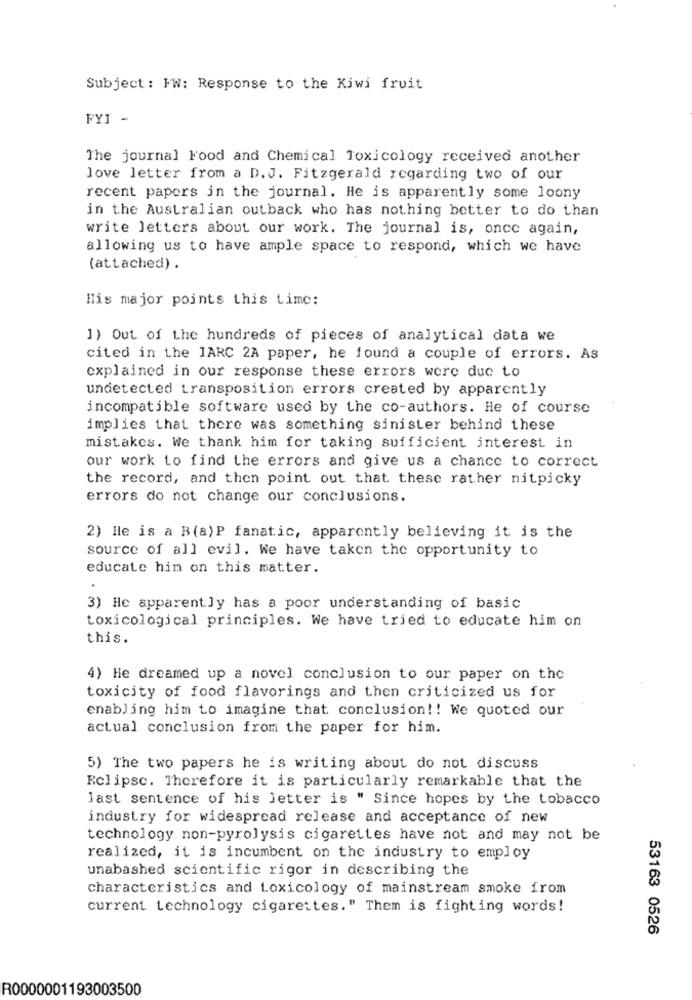
Subject: FW: Response to the Kiwi fruit
FYI -
The journal Food and Chemical Toxicology received another
love letter from a D.J. Fitzgerald regarding two of our
recent papers in the journal. He is apparently some loony
in the Australian outback who has nothing better to do than
write letters about our work. The journal is, once again,
allowing us to have ample space to respond, which we have
(attached) .
His major points this time:
1) Out of the hundreds of pieces of analytical data we
cited in the IARC 2A paper, he found a couple of errors. As
explained in our response these errors were due to
undetected transposition errors created by apparently
incompatible software used by the co-authors. He of course
implies that there was something sinister behind these
mistakes. We thank him for taking sufficient interest in
our work to find the errors and give us a chance to correct
the record, and then point out that these rather nitpicky
errors do not change our conclusions.
2) He is a B(a)P fanatic, apparently believing it is the
source of all evil. We have taken the opportunity to
educate him on this matter.
3) He apparently has a poor understanding of basic
toxicological principles. We have tried to educate him on
this.
4) He dreamed up a novel conclusion to our paper on the
toxicity of food flavorings and then criticized us for
enabling him to imagine that conclusion !! We quoted our
actual conclusion from the paper for him.
5) The two papers he is writing about do not discuss
Eclipse. Therefore it is particularly remarkable that the
last sentence of his letter is " Since hopes by the tobacco
industry for widespread release and acceptance of new
technology non-pyrolysis cigarettes have not and may not be
realized, it is incumbent on the industry to employ
unabashed scientific rigor in describing the
characteristics and toxicology of mainstream smoke from
current technology cigarettes." Them is fighting words!
53163 0526
R0000001193003500